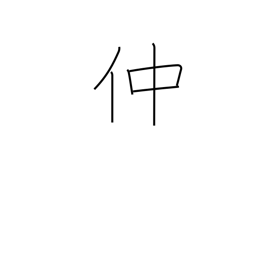
Meaning: go-between